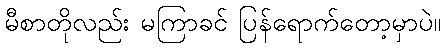
မီစာတိုလည်း မကြာခင် ပြန်ရောက်တော့မှာပဲ။